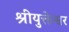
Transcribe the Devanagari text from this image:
श्रीयुक्तेश्वर